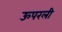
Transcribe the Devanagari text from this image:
ऊपरली